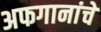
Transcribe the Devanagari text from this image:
अफगानांचे